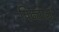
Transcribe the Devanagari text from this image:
पिढ्यान्‌